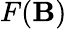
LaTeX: F(\mathbf{B})